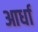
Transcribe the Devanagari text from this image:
आर्धा